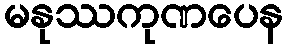
မနုဿကုဏပေန